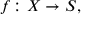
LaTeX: f \colon X \rightarrow S ,